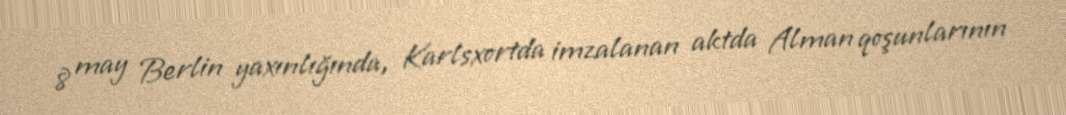
8 may Berlin yaxınlığında, Karlsxortda imzalanan aktda Alman qoşunlarının